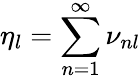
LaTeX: {\eta_{l}=\sum_{n=1}^{\infty}\nu_{nl}}